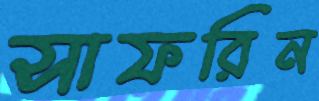
সাফরিন